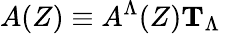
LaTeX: A(Z)\equiv A^{\Lambda}(Z){\mathbf T}_{\Lambda}\,